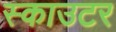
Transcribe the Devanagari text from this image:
स्काउटर